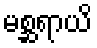
မစ္ဆရာယိ